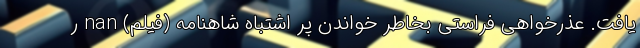
یافت. عذرخواهی فراستی بخاطر خواندن پر اشتباه شاهنامه (فیلم) nan ر